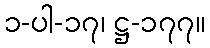
၁-ပါ-၁၇၊ ဋ္ဌ-၁၇၇။